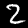
Digit: 2